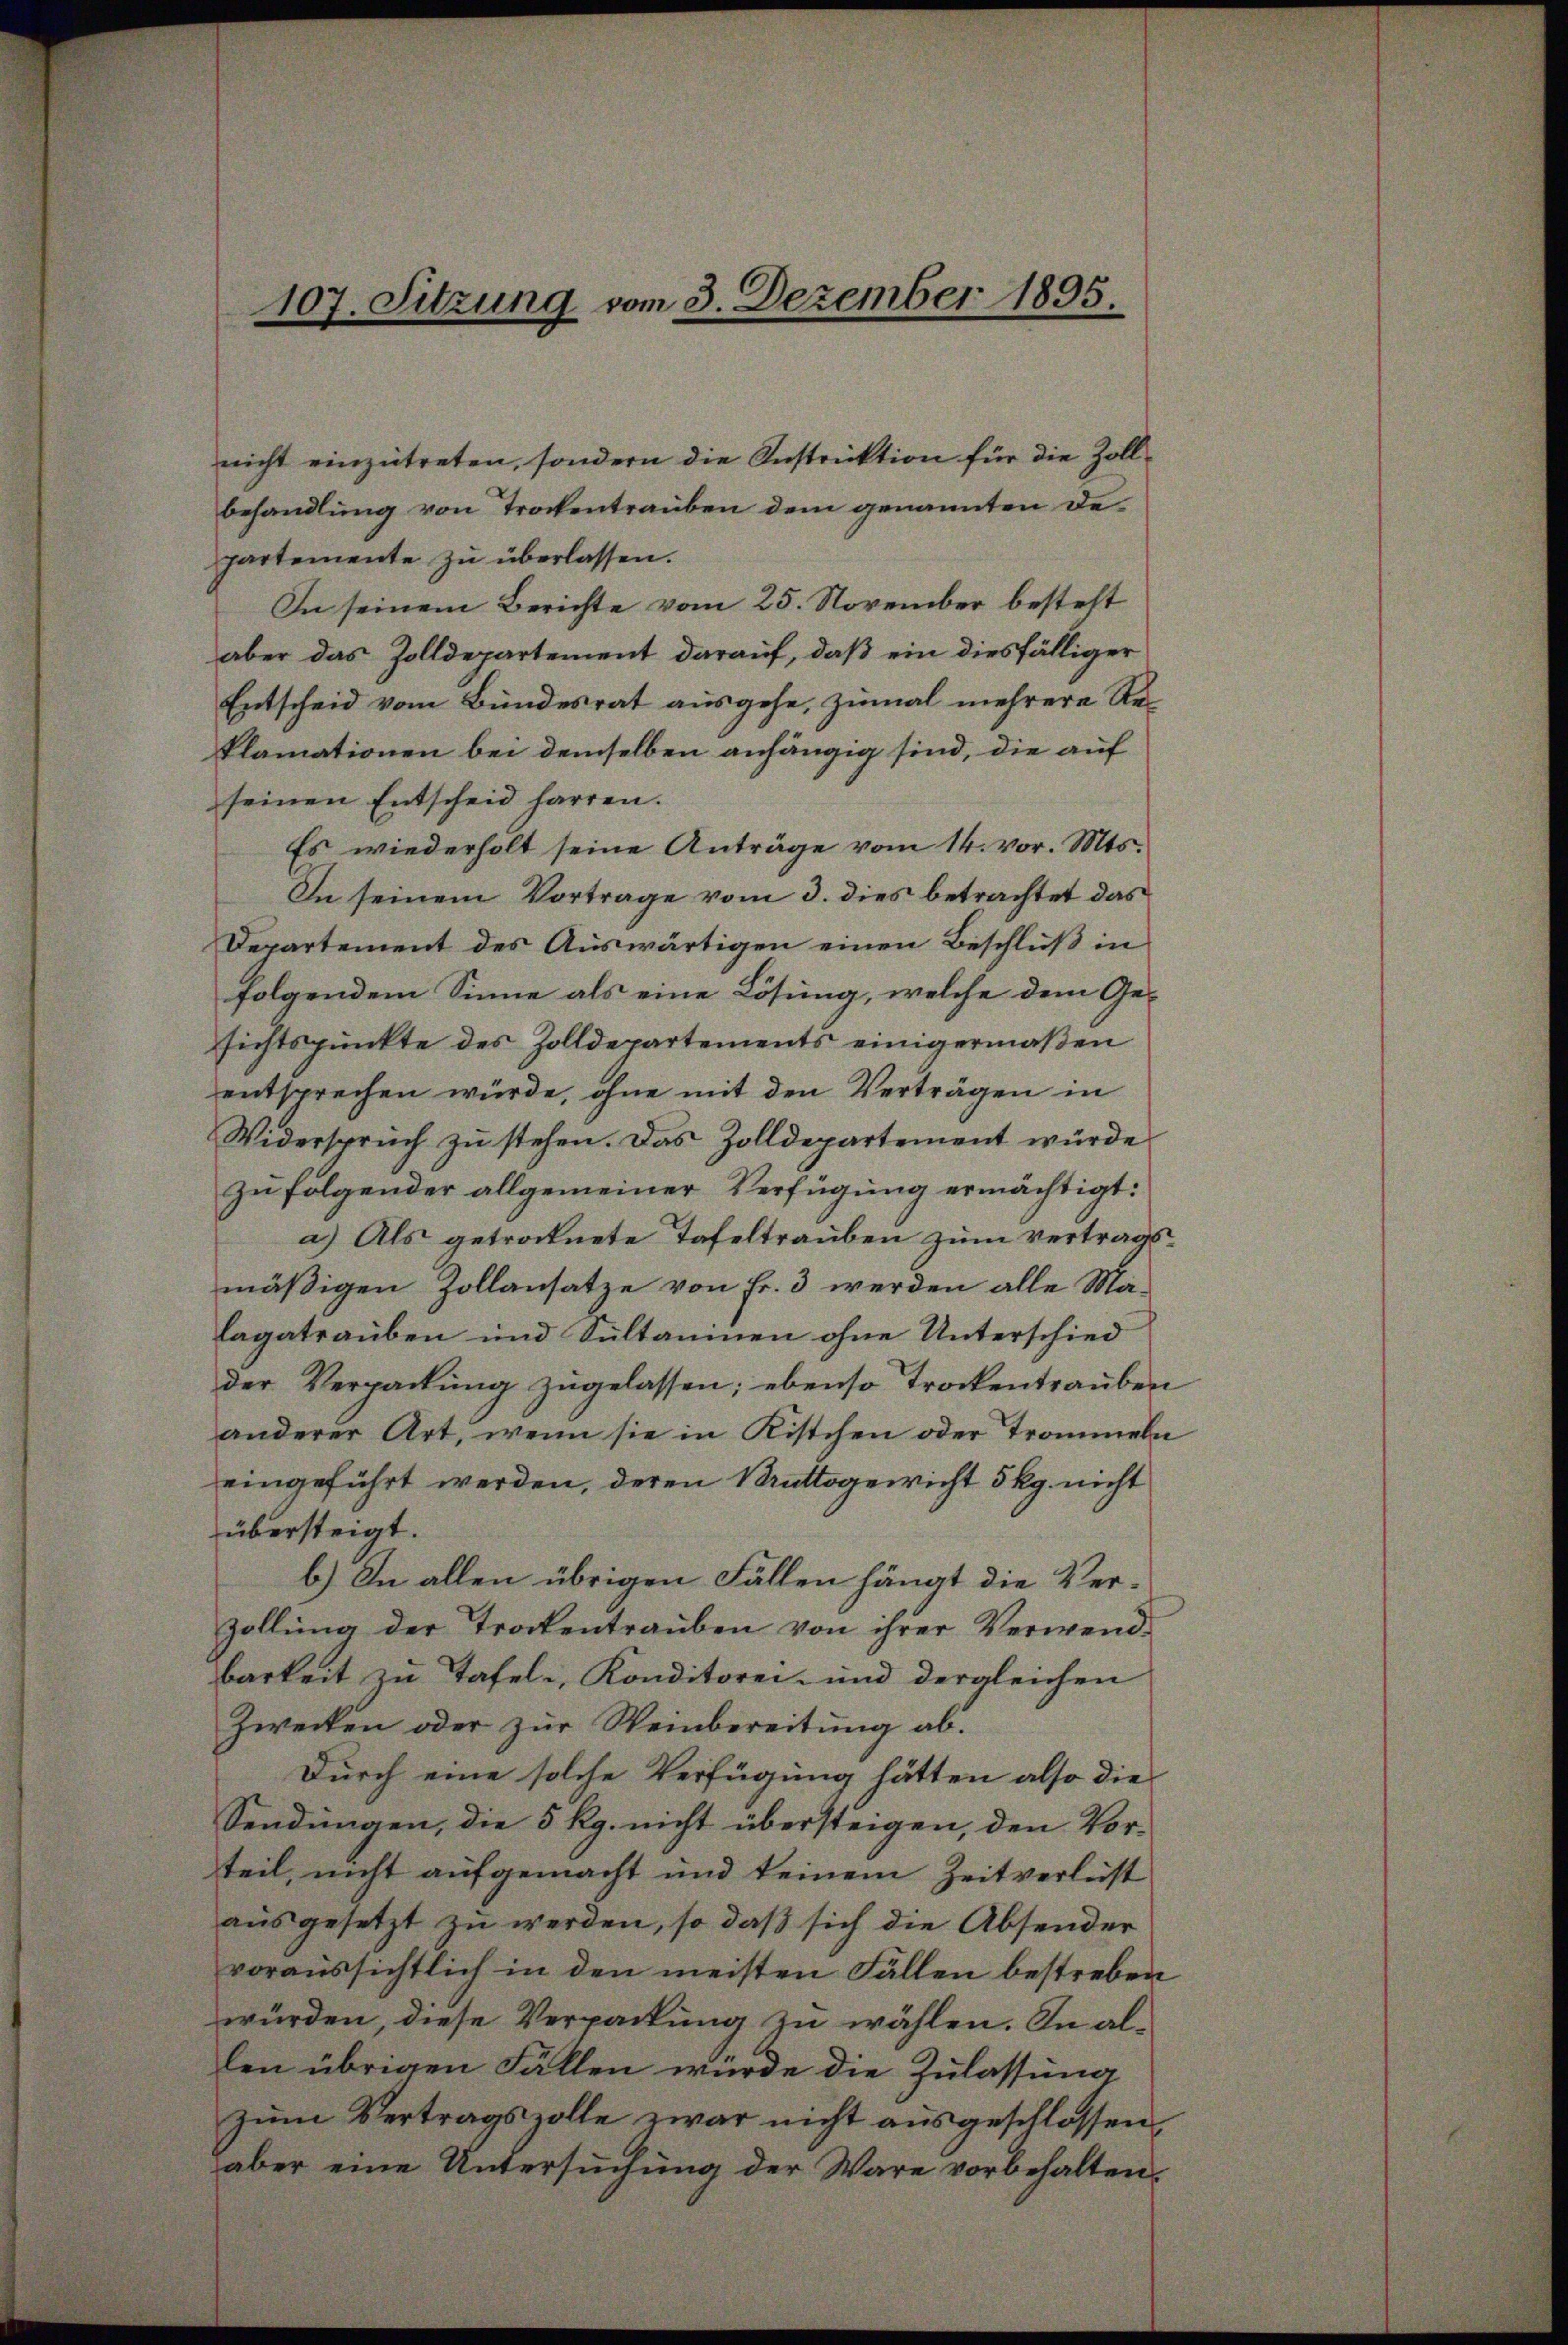
107. Sitzung vom 3. Dezember 1895.

nicht einzutreten, sondern die Instruktion für die Zollbehandlung von Trockentrauben dem genannten Departemente zu überlassen.
In seinem Berichte vom 25. November besteht
aber das Zolldepartement darauf, daß ein diesfälliger
Entscheid vom Bundesrat ausgehe, zumal mehrere Re¬
Plamationen bei demselben anhängig sind, die auf
seinen Entscheid harren.
Es wiederholt seine Anträge vom 14. vor. Mts.
In seinem Vortrage vom 3. dies betrachtet das
Departement des Auswärtigen einen Beschluß in
folgendem Sinne als eine Lösung, welche dem Gesichtspunkte des Zolldepartements einigermaßen
entsprechen würde, ohne mit den Verträgen in
Widerspruch zu stehen. Das Zolldepartement würde
zu folgender allgemeiner Verfügung ermächtigt:
a.) Als getrocknete Tafeltrauben zum vertragsmäßigen Zollansatze von Fr. 3 werden alle Ma-
lagatrauben und Sultaninen ohne Unterschied
der Verpackung zugelassen; ebenso trockentrauben
anderer Art, wenn sie in Kistchen oder Trommeln
eingeführt werden, deren Kruttogericht 5 Rp. nicht
übersteigt.
b.) In allen übrigen Fällen hängt die Ver¬
Zollung der Trockentrauben von ihrer Verwendbarkeit zu Tafel, Konditorei- und dergleichen
Zwecken oder zur Weinbereitung ab.
Durch eine solche Verfügung hätten also die
Sendungen, die 5 Rp. nicht übersteigen, den Vor-
teil, nicht aufgemacht und keinem Zeitverleist
ausgesetzt zu werden, so daß sich die Absender
voraussichtlich in den meisten Fällen bestreben
würden, diese Verpackung zu wählen. In allen übrigen Fällen würde die Zulassung
zum Vertragszolle zwar nicht ausgeschlossen,
aber eine Untersuchung der Wäre vorbehalten,